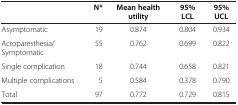
<table><thead><tr><td><b> </b></td><td><b>N*</b></td><td><b>Mean health utility</b></td><td><b>95% LCL</b></td><td><b>95% UCL</b></td></tr></thead><tbody><tr><td>Asymptomatic</td><td>19</td><td>0.874</td><td>0.804</td><td>0.934</td></tr><tr><td>Acroparesthesia/Symptomatic</td><td>55</td><td>0.762</td><td>0.699</td><td>0.822</td></tr><tr><td>Single complication</td><td>18</td><td>0.744</td><td>0.658</td><td>0.821</td></tr><tr><td>Multiple complications</td><td>5</td><td>0.584</td><td>0.378</td><td>0.790</td></tr><tr><td>Total</td><td>97</td><td>0.772</td><td>0.729</td><td>0.815</td></tr></tbody></table>